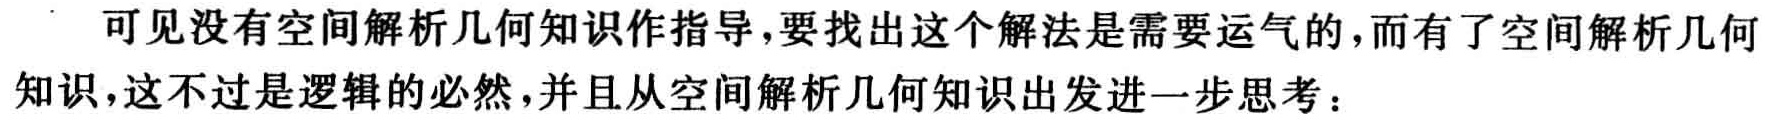
可见没有空间解析几何知识作指导，要找出这个解法是需要运气的，而有了空间解析几何知识，这不过是逻辑的必然，并且从空间解析几何知识出发进一步思考：